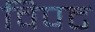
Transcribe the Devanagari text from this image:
विपट